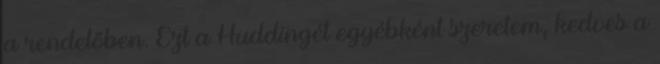
a rendelőben. Ezt a Huddingét egyébként szeretem, kedves a